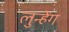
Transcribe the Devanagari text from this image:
लुन्हेंग